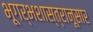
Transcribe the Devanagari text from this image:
भूगर्भशास्त्रानूसार